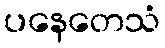
ပနေတေသံ